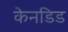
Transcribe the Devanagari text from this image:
केनडिड